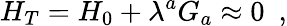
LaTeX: H_{T}=H_{0}+\lambda^{a}G_{a}\approx 0\, \, \, ,